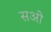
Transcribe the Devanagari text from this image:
सओ